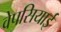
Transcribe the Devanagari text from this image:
वेपसियाई